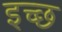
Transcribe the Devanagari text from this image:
इच्छ